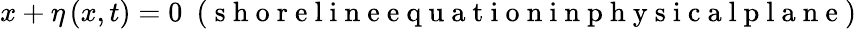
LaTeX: x+\eta\left(x,t\right)=0\mathrm{~\ (~s~h~o~r~e~l~i~n~e~e~q~u~a~t~i~o~n~i~n~p~h~y~s~i~c~a~l~p~l~a~n~e~)~}